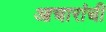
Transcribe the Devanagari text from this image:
आचारांची